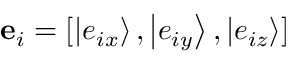
{ { \bf { e } } _ { i } } = [ \left| { { e _ { i x } } } \right\rangle , \left| { { e _ { i y } } } \right\rangle , \left| { { e _ { i z } } } \right\rangle ]